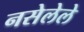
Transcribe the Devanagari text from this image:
नसेलेले